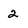
Character: 2